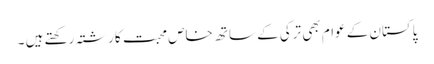
پاکستان کے عوام بھی ترکی کے ساتھ خاص محبت کا رشتہ رکھتے ہیں ۔